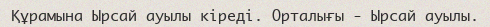
Құрамына Ырсай ауылы кіреді. Орталығы - Ырсай ауылы.